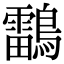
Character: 𪆼